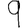
Digit: 9